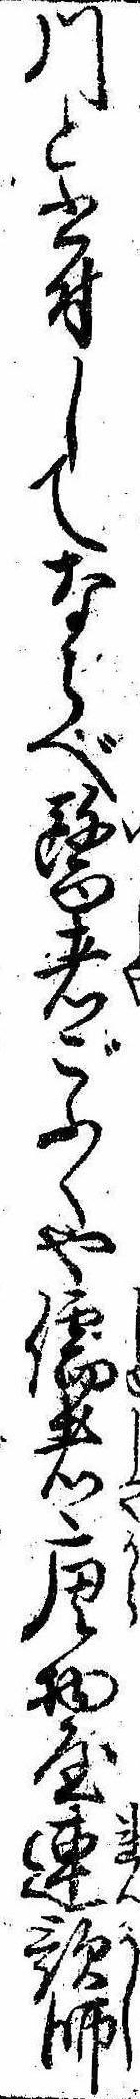
川と書付してならべ医者ごふくや儒者唐物屋連歌師